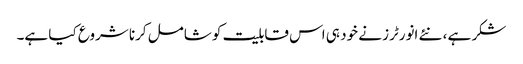
شکر ہے ، نئے انورٹرز نے خود ہی اس قابلیت کو شامل کرنا شروع کیا ہے۔